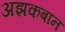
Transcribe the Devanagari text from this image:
अझकबान